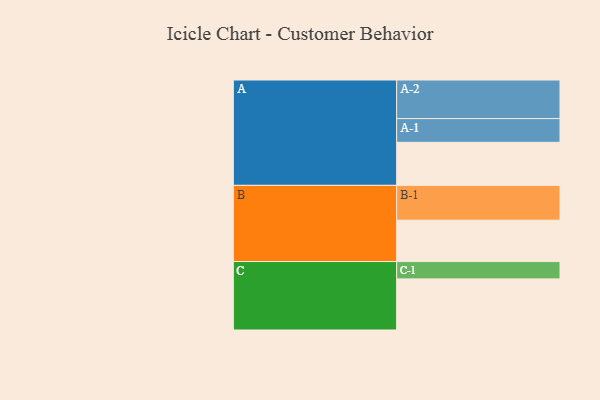
{"axis": {"x": "Segment", "y": "Value"}, "legend": ["", "A", "B", "C"], "data": [{"x": "A", "y": 330, "type": ""}, {"x": "B", "y": 317, "type": ""}, {"x": "C", "y": 392, "type": ""}, {"x": "A-1", "y": 182, "type": "A"}, {"x": "A-2", "y": 296, "type": "A"}, {"x": "B-1", "y": 267, "type": "B"}, {"x": "C-1", "y": 133, "type": "C"}]}